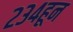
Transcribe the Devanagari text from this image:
२३४हून